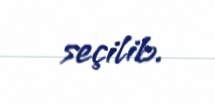
seçilib.